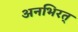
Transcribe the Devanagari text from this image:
अनभिरत्